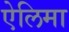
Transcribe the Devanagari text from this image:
ऐलिमा